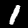
Digit: 1